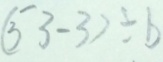
( 5 3 - 3 ) \div b